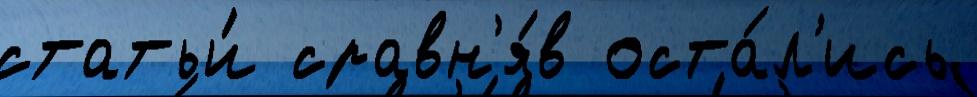
статьи́ сравн'я́в оста́л'ись